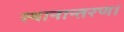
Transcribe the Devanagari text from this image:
स्थानान्तरण।